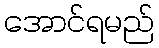
အောင်ရမည်